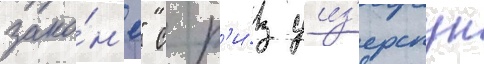
зако́н'е" с р'и́з уиз'ерспун